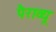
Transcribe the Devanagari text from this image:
पैराव्यू